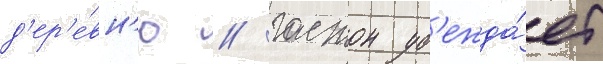
д'ер'е́вн'ю / гастон уб'ежда́ет